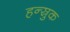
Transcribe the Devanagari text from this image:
हन्स्रुक